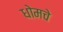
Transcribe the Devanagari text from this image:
धोमचे